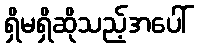
ရှိမရှိဆိုသည့်အပေါ်